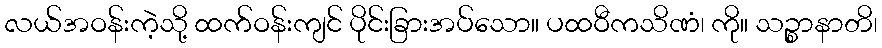
လယ်အဝန်းကဲ့သို့ ထက်ဝန်းကျင် ပိုင်းခြားအပ်သော။ ပထဝီကသိဏံ၊ ကို။ သဉ္စာနာတိ၊